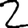
Digit: 2